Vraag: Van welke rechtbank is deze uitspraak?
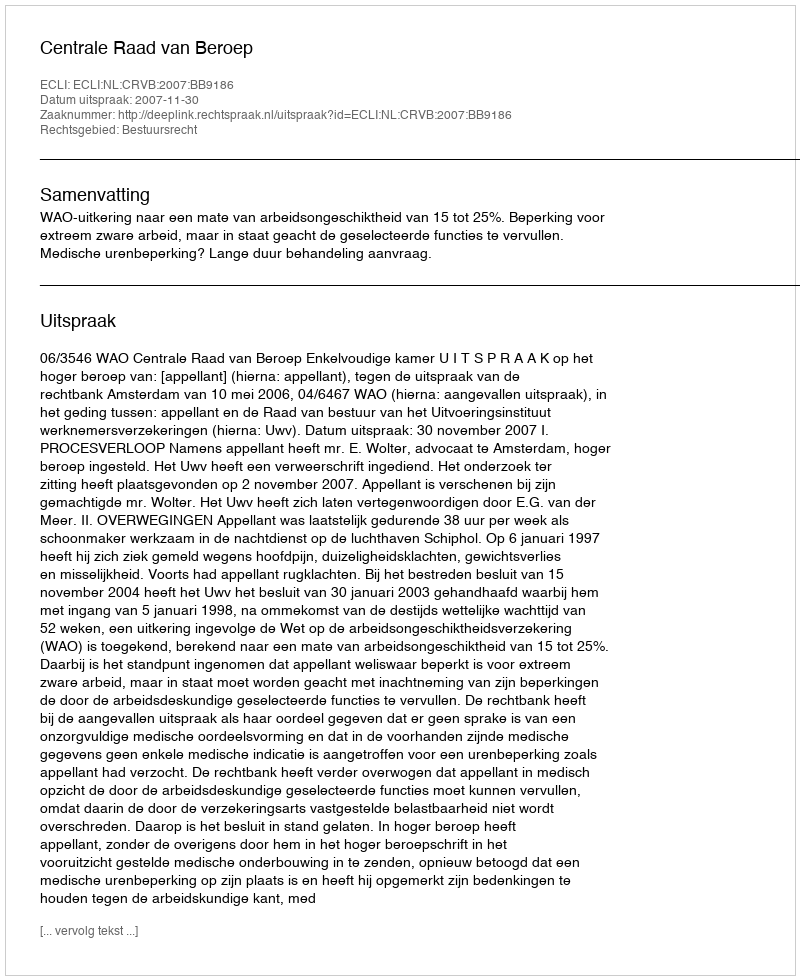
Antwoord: Centrale Raad van Beroep